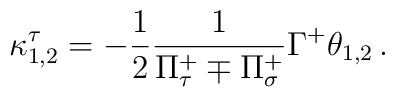
\kappa_{1,2}^\tau = -\frac{1}{2}\frac{1}{\Pi_\tau^+ \mp \Pi_\sigma^+} \Gamma^+ \theta_{1,2}\, .